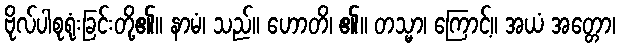
ဗိုလ်ပါစုရုံးခြင်းတို့၏။ နာမံ၊ သည်။ ဟောတိ၊ ၏။ တသ္မာ၊ ကြောင့်။ အယံ အတ္တော၊